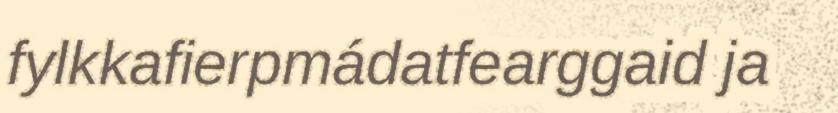
fylkkafierpmádatfearggaid ja